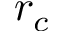
r _ { c }